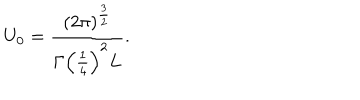
U _ { 0 } = \frac { \left( 2 \pi \right) ^ { \frac { 3 } { 2 } } } { \Gamma \left( \frac { 1 } { 4 } \right) ^ { 2 } L } .